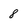
Character: 8